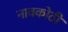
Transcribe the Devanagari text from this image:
नावकोठी